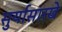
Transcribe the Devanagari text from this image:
सुर्यासारखे